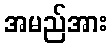
အမည်အား